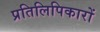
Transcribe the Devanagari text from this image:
प्रतिलिपिकारों